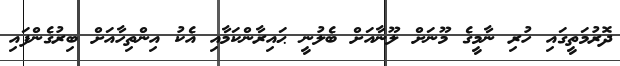
ދޮރުމަތީގައި ހުރި ނާމީގެ މޫނަށް ލޫނާއަށް ބެލުނީ ޙައިރާންކަމާއި އެކު އިންތިހާއަށް ބިރުގެންފައި